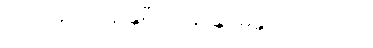
၂၉၂။ နိဝါသန န္တရီယာနျ၊ န္တရမန္တရဝါသကော။